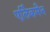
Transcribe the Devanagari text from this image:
एर्लिकमैन